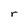
Character: r